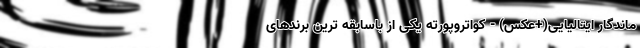
ماندگار ایتالیایی(+عکس) - کواتروپورته یکی از باسابقه ترین برندهای